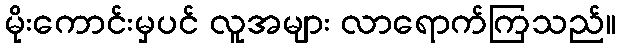
မိုးကောင်းမှပင် လူအများ လာရောက်ကြသည်။